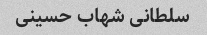
سلطانی شهاب حسینی